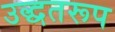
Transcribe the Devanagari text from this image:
उद्धतरूप